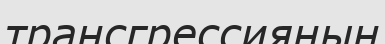
трансгрессияның